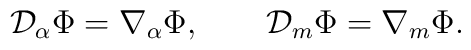
{\cal D}_\alpha\Phi=\nabla_\alpha\Phi,   \qquad{\cal D}_m\Phi=\nabla_m\Phi.